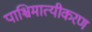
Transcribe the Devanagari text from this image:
पाश्चिमात्यीकरण